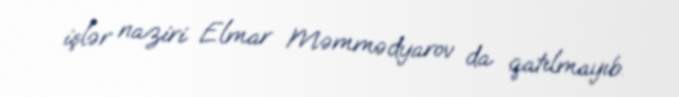
işlər naziri Elmar Məmmədyarov da qatılmayıb.